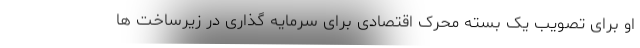
او برای تصویب یک بسته محرک اقتصادی برای سرمایه گذاری در زیرساخت ها